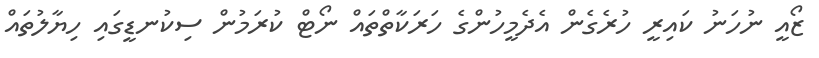
ޒޯއީ ނުހަނު ކައިރީ ހުރެގެން އެދެމީހުންގެ ހަރަކާތްތައް ނޯޓް ކުރަމުން ސިކުނޑީގައި ހިޔާލުތައް